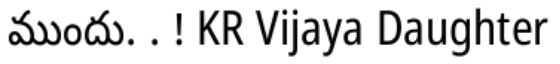
ముందు. . ! KR Vijaya Daughter